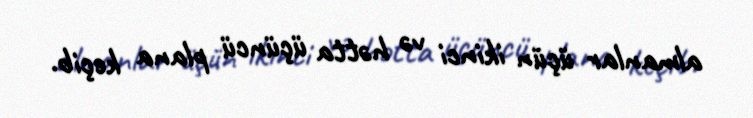
almanlar üçün ikinci və hətta üçüncü plana keçib.